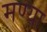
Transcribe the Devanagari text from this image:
मण्या